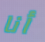
أنا